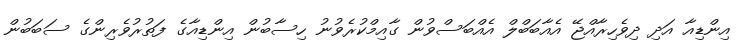
އިންޑިއާ އަދި ދިވެހިރާއްޖޭ އެއާބަބްލް އެއްބަސްވުން ގާއިމްކުރެވުނު ހިސާބުން އިންޑިއާގެ ފަތުރުވެރިންގެ ސަބަބުން